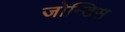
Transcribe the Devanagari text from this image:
जोन्डिस